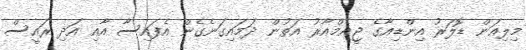
މިލިއަން ޑޮލަރު އިންޑިއާގެ ޖީއެމްއާރު އަތުން ދަމައިގަނެގެން އެފައިސާ އާއި އަދި ރައީސް